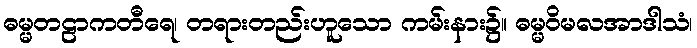
ဓမ္မတဠာကတီရေ၊ တရားတည်းဟူသော ကမ်းနား၌။ ဓမ္မဝိမလအာဒါသံ၊